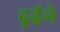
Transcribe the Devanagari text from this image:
ढूढ़ँने